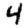
Digit: 4